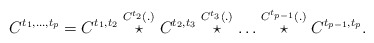
\begin{align*}C^{t_1,\ldots,t_p} = C^{t_1,t_2}\stackrel{C^{t_2}(.)}{\star}C^{t_2,t_3}\stackrel{C^{t_3}(.)}{\star}\ldots\stackrel{C^{t_{p-1}}(.)}{\star}C^{t_{p-1},t_p}.\end{align*}